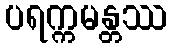
ပရက္ကမန္တဿ